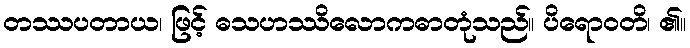
တဿပတာယ၊ ဖြင့် ဓသဟဿိလောကဓာတုံသည်။ ပိရောဝတိ၊ ၏။